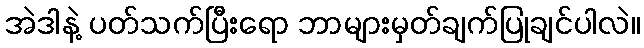
အဲဒါနဲ့ ပတ်သက်ပြီးရော ဘာများမှတ်ချက်ပြုချင်ပါလဲ။